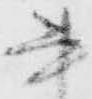
書